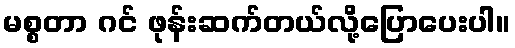
မစ္စတာ ဂင် ဖုန်းဆက်တယ်လို့ပြောပေးပါ။